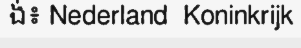
ង់៖ Nederland  Koninkrijk